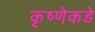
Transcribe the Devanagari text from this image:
कृष्णेकडे